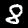
Digit: 8